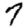
Digit: 7